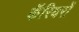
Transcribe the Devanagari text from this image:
कॅरियरों